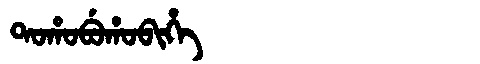
Manchu: ᡨᠣᡥᠣᠪᡠᡥᠣᠪᡳᡥᡝ
Romanization: TOHOBUHOBIHE